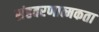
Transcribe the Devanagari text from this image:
संहवरणात्मकता